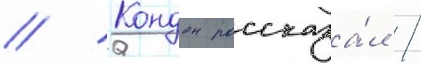
// Кондон рассказа́л /